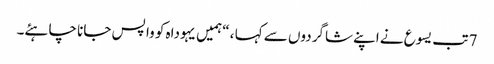
7 تب یسوع نے اپنے شاگردوں سے کہا ، “ہمیں یہوداہ کو وا پس جانا چاہئے۔